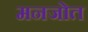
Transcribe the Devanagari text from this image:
मनजोत